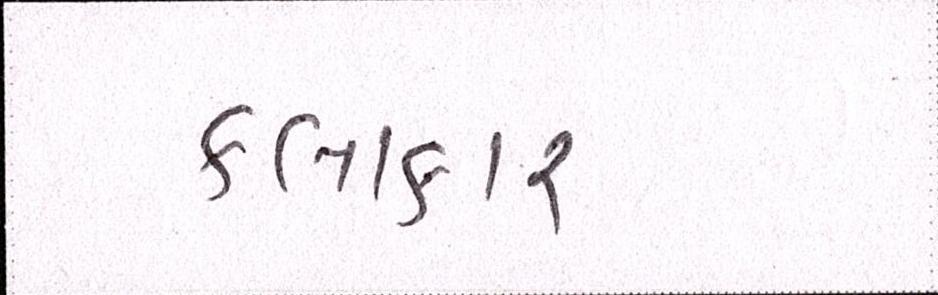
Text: કલાકાર